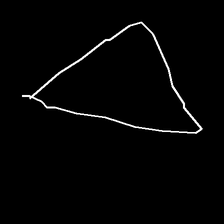
Glyph: convergence